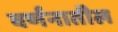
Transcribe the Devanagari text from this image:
वर्णनातील